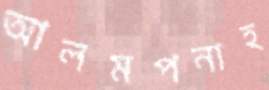
আলমপনাহ